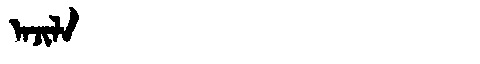
Manchu: ᠠᠵᡳᠯᠠ
Romanization: AJILA